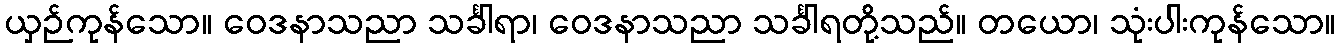
ယှဉ်ကုန်သော။ ဝေဒနာသညာ သင်္ခါရာ၊ ဝေဒနာသညာ သင်္ခါရတို့သည်။ တယော၊ သုံးပါးကုန်သော။